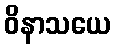
ဝိနာသယေ